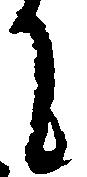
に